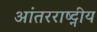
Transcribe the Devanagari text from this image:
आंतरराष्ट्नीय